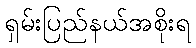
ရှမ်းပြည်နယ်အစိုးရ